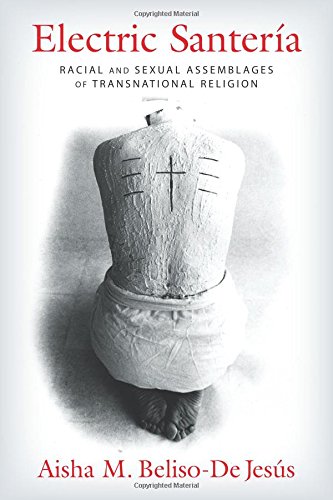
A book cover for Electric SanterÃ­a: Racial and Sexual Assemblages of Transnational Religion (Gender, Theory, and Religion); Aisha M. Beliso-De JesÃºs; History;